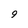
Character: 9